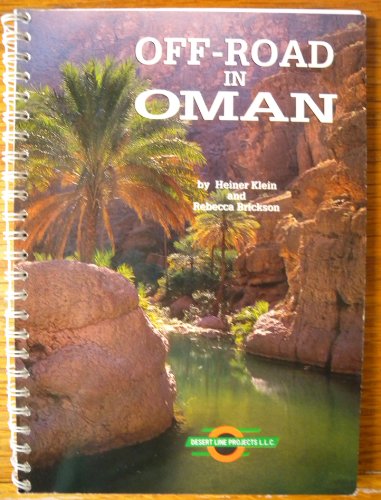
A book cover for Off-road in Oman (Arabian Heritage Guides); Heiner Klein; Travel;